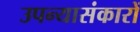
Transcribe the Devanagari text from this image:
उपन्यासंकारों